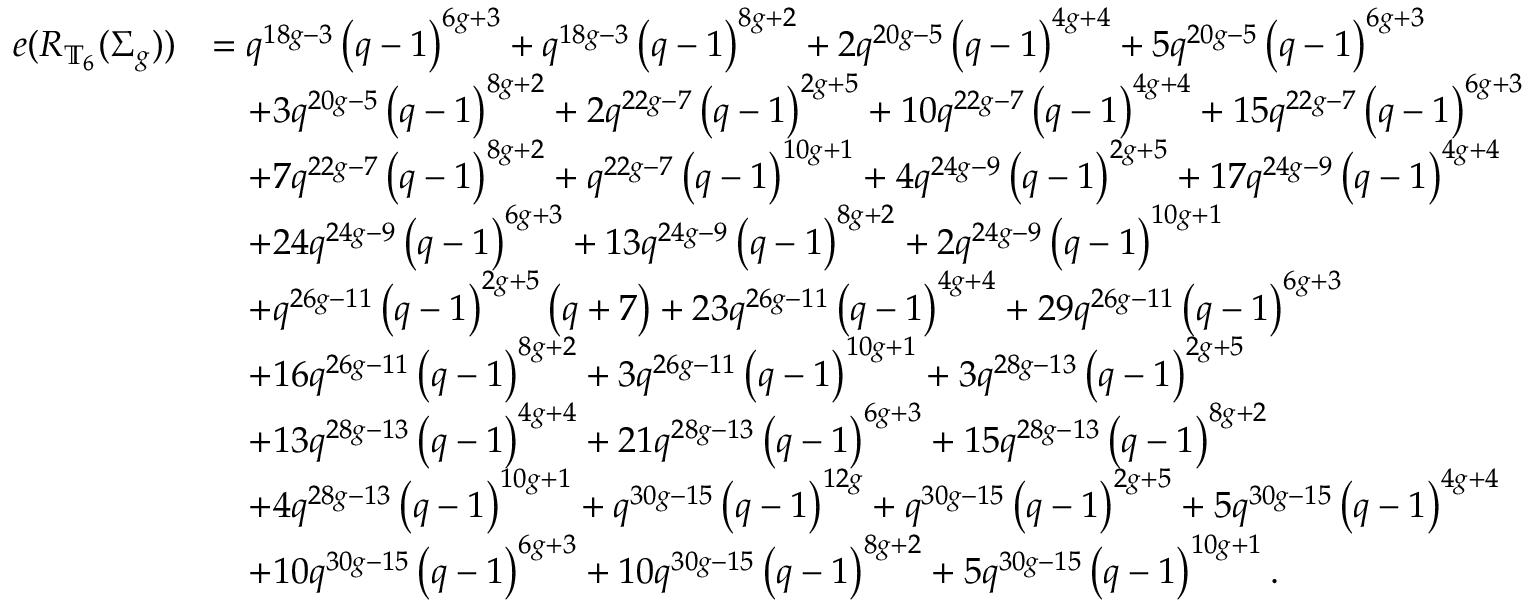
\begin{array} { r l } { e ( R _ { \mathbb { T } _ { 6 } } ( \Sigma _ { g } ) ) } & { = q ^ { 1 8 g - 3 } \left( q - 1 \right) ^ { 6 g + 3 } + q ^ { 1 8 g - 3 } \left( q - 1 \right) ^ { 8 g + 2 } + 2 q ^ { 2 0 g - 5 } \left( q - 1 \right) ^ { 4 g + 4 } + 5 q ^ { 2 0 g - 5 } \left( q - 1 \right) ^ { 6 g + 3 } } \\ & { \quad + 3 q ^ { 2 0 g - 5 } \left( q - 1 \right) ^ { 8 g + 2 } + 2 q ^ { 2 2 g - 7 } \left( q - 1 \right) ^ { 2 g + 5 } + 1 0 q ^ { 2 2 g - 7 } \left( q - 1 \right) ^ { 4 g + 4 } + 1 5 q ^ { 2 2 g - 7 } \left( q - 1 \right) ^ { 6 g + 3 } } \\ & { \quad + 7 q ^ { 2 2 g - 7 } \left( q - 1 \right) ^ { 8 g + 2 } + q ^ { 2 2 g - 7 } \left( q - 1 \right) ^ { 1 0 g + 1 } + 4 q ^ { 2 4 g - 9 } \left( q - 1 \right) ^ { 2 g + 5 } + 1 7 q ^ { 2 4 g - 9 } \left( q - 1 \right) ^ { 4 g + 4 } } \\ & { \quad + 2 4 q ^ { 2 4 g - 9 } \left( q - 1 \right) ^ { 6 g + 3 } + 1 3 q ^ { 2 4 g - 9 } \left( q - 1 \right) ^ { 8 g + 2 } + 2 q ^ { 2 4 g - 9 } \left( q - 1 \right) ^ { 1 0 g + 1 } } \\ & { \quad + q ^ { 2 6 g - 1 1 } \left( q - 1 \right) ^ { 2 g + 5 } \left( q + 7 \right) + 2 3 q ^ { 2 6 g - 1 1 } \left( q - 1 \right) ^ { 4 g + 4 } + 2 9 q ^ { 2 6 g - 1 1 } \left( q - 1 \right) ^ { 6 g + 3 } } \\ & { \quad + 1 6 q ^ { 2 6 g - 1 1 } \left( q - 1 \right) ^ { 8 g + 2 } + 3 q ^ { 2 6 g - 1 1 } \left( q - 1 \right) ^ { 1 0 g + 1 } + 3 q ^ { 2 8 g - 1 3 } \left( q - 1 \right) ^ { 2 g + 5 } } \\ & { \quad + 1 3 q ^ { 2 8 g - 1 3 } \left( q - 1 \right) ^ { 4 g + 4 } + 2 1 q ^ { 2 8 g - 1 3 } \left( q - 1 \right) ^ { 6 g + 3 } + 1 5 q ^ { 2 8 g - 1 3 } \left( q - 1 \right) ^ { 8 g + 2 } } \\ & { \quad + 4 q ^ { 2 8 g - 1 3 } \left( q - 1 \right) ^ { 1 0 g + 1 } + q ^ { 3 0 g - 1 5 } \left( q - 1 \right) ^ { 1 2 g } + q ^ { 3 0 g - 1 5 } \left( q - 1 \right) ^ { 2 g + 5 } + 5 q ^ { 3 0 g - 1 5 } \left( q - 1 \right) ^ { 4 g + 4 } } \\ & { \quad + 1 0 q ^ { 3 0 g - 1 5 } \left( q - 1 \right) ^ { 6 g + 3 } + 1 0 q ^ { 3 0 g - 1 5 } \left( q - 1 \right) ^ { 8 g + 2 } + 5 q ^ { 3 0 g - 1 5 } \left( q - 1 \right) ^ { 1 0 g + 1 } . } \end{array}